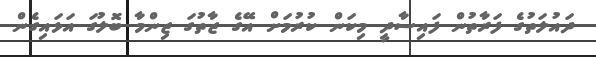
ދައުލަތުގެ ފަރާތުން ފައިސާދީ މިކަން ކުރުމަށް އޭގެ ޒާތުގަ ޒިންމާ ބޮލުގަ އަޅައިގެން